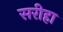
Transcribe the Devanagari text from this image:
सरीहा